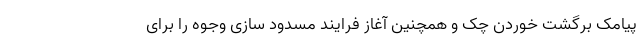
پیامک برگشت خوردن چک و همچنین آغاز فرایند مسدود سازی وجوه را برای